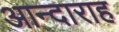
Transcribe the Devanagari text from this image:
आन्दाराह